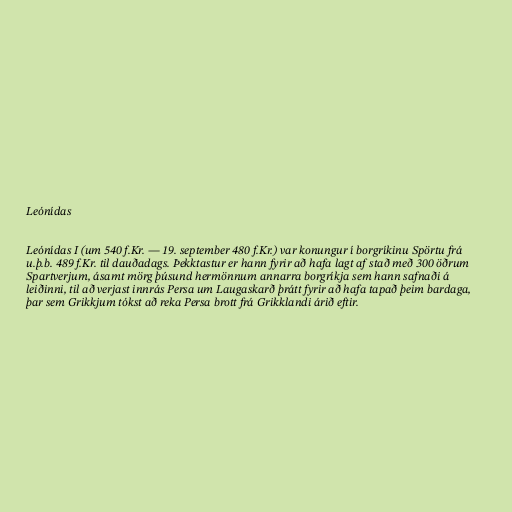
Leónídas

Leónídas I (um 540 f.Kr. — 19. september 480 f.Kr.) var konungur í borgríkinu Spörtu frá
u.þ.b. 489 f.Kr. til dauðadags. Þekktastur er hann fyrir að hafa lagt af stað með 300 öðrum
Spartverjum, ásamt mörg þúsund hermönnum annarra borgríkja sem hann safnaði á
leiðinni, til að verjast innrás Persa um Laugaskarð þrátt fyrir að hafa tapað þeim bardaga,
þar sem Grikkjum tókst að reka Persa brott frá Grikklandi árið eftir.